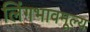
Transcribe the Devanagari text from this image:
लिंगभावमूल्य